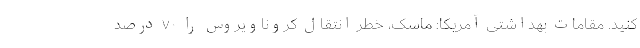
کنید. مقامات بهداشتی آمریکا: ماسک، خطر انتقال کروناویروس را ۷۰ درصد